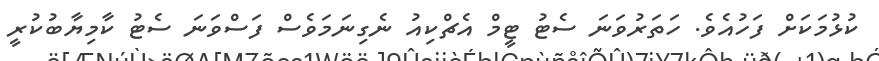
ކުޅުމަކަށް ފަހުއެވެ. ހަތަރުވަނަ ސެޓު ޓީމް އެޗްކިއު ނެގިނަމަވެސް ފަސްވަނަ ސެޓު ކާމިޔާބުކުރީ